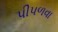
પીપળવા